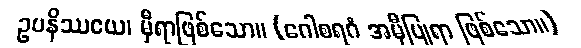
ဥပနိဿယေ၊ မှီရာဖြစ်သော။ (ဂေါစရဂံ အမှီပြုရာ ဖြစ်သော။)